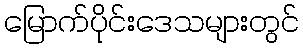
မြောက်ပိုင်းဒေသများတွင်